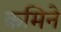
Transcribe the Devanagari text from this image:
कमिने